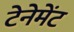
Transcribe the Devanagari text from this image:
टेनेमेंट